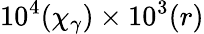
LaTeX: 10^{4}(\chi_{\gamma})\times 10^{3}(r)